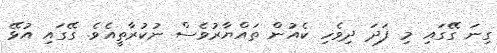
ގިނަ ގޭގައި މި ފަދަ ދިވެހި ކެއުން ތައްޔާރުވެސް ނުކުރާތީއެވެ. ގޭގައި އުޅޭ